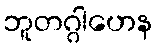
ဘူတဂ္ဂါဟေန